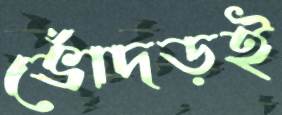
ভোঁদড়ই